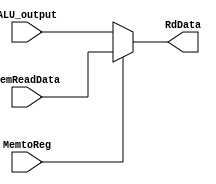
module mux32_bits_DM(
	// Outputs
	output reg [31:0]RdData,
	// Inputs
	input wire [31:0]MemReadData, ALU_output,
	input wire MemtoReg
);

	
	always @ (*)
	begin 
		if (MemtoReg== 1)RdData<=MemReadData;
		else RdData<=ALU_output;
	end
	
endmodule